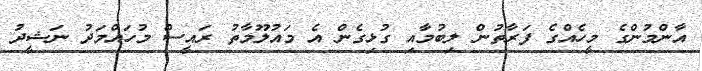
އާންމުންގެ މީހެއްގެ ފަރާތުން ލިބުމާއި ގުޅިގެން އެ މައުލޫމާތު ރައީސް މުހައްމަދު ނަޝީދު